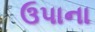
ઉપાના